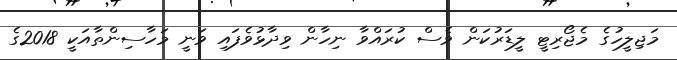
މަޖިލީހުގެ މެޖޯރިޓީ ލީޑަރުކަން ވެސް ކުރައްވާ ނިހާން ވިދާޅުވެފައި ވަނީ މަހާސިންތާއަކީ 2018ގެ